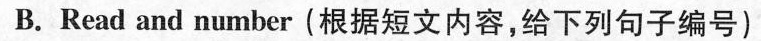
B.Read and number(根据短文内容,给下列句子编号)